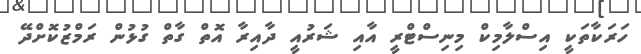
ހަރަކާތަކީ އިސްލާމިކް މިނިސްޓްރީ އާއި ޝަރުއީ ދާއިރާ އޮތް ގާތް ގުޅުން ރަމްޒުކޮށްދޭ